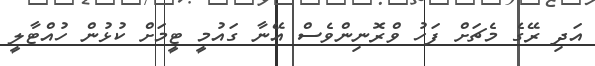
އަދި ރޭގެ މެޗަށް ފަހު ވްރޮނިންވެސް އޭނާ ގައުމީ ޓީމަށް ކުޅުން ހުއްޓާލީ